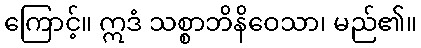
ကြောင့်။ ဣဒံ သစ္စာဘိနိဝေသာ၊ မည်၏။